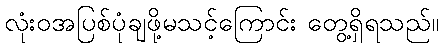
လုံးဝအပြစ်ပုံချဖို့မသင့်ကြောင်း တွေ့ရှိရသည်။